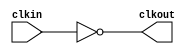
module bw_clk_gclk_inv_192x (
    clkout,
    clkin );

    output clkout;
    input  clkin;
 
    assign clkout = ~( clkin );

endmodule